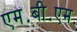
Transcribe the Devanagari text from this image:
एम॰बी॰एम॰